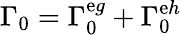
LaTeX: \Gamma_{0}=\Gamma_{0}^{\mathrm{e}g}+\Gamma_{0}^{\mathrm{e}h}